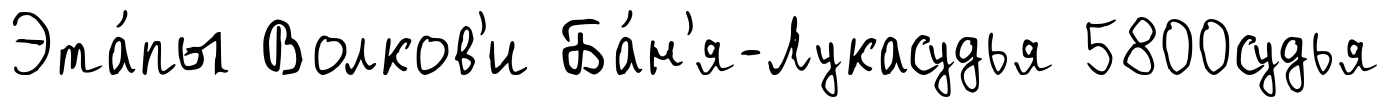
Эта́пы Волков'и Ба́н'я-Лукасудья 5800судья